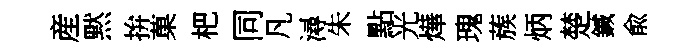
産黙拚菓杷同凡潯朱點光燁瑰蔟炳楚鍼兪